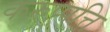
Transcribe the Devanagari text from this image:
करुप्पत्ति